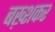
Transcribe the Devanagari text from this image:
बख़्शकर